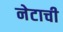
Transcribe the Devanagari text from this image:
नेटाची